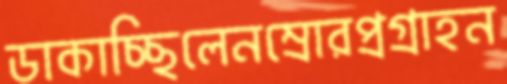
ডাকাচ্ছিলেনম্রোরপ্রগ্রাহন